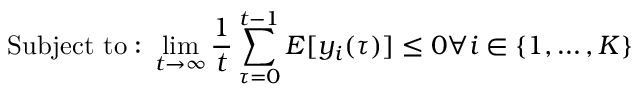
{ \mathrm { S u b j e c t ~ t o : ~ } } \operatorname* { l i m } _ { t \rightarrow \infty } { \frac { 1 } { t } } \sum _ { \tau = 0 } ^ { t - 1 } E [ y _ { i } ( \tau ) ] \leq 0 { \mathrm { } } \forall i \in \{ 1 , \ldots , K \}